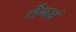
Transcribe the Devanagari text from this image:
लैगर्स